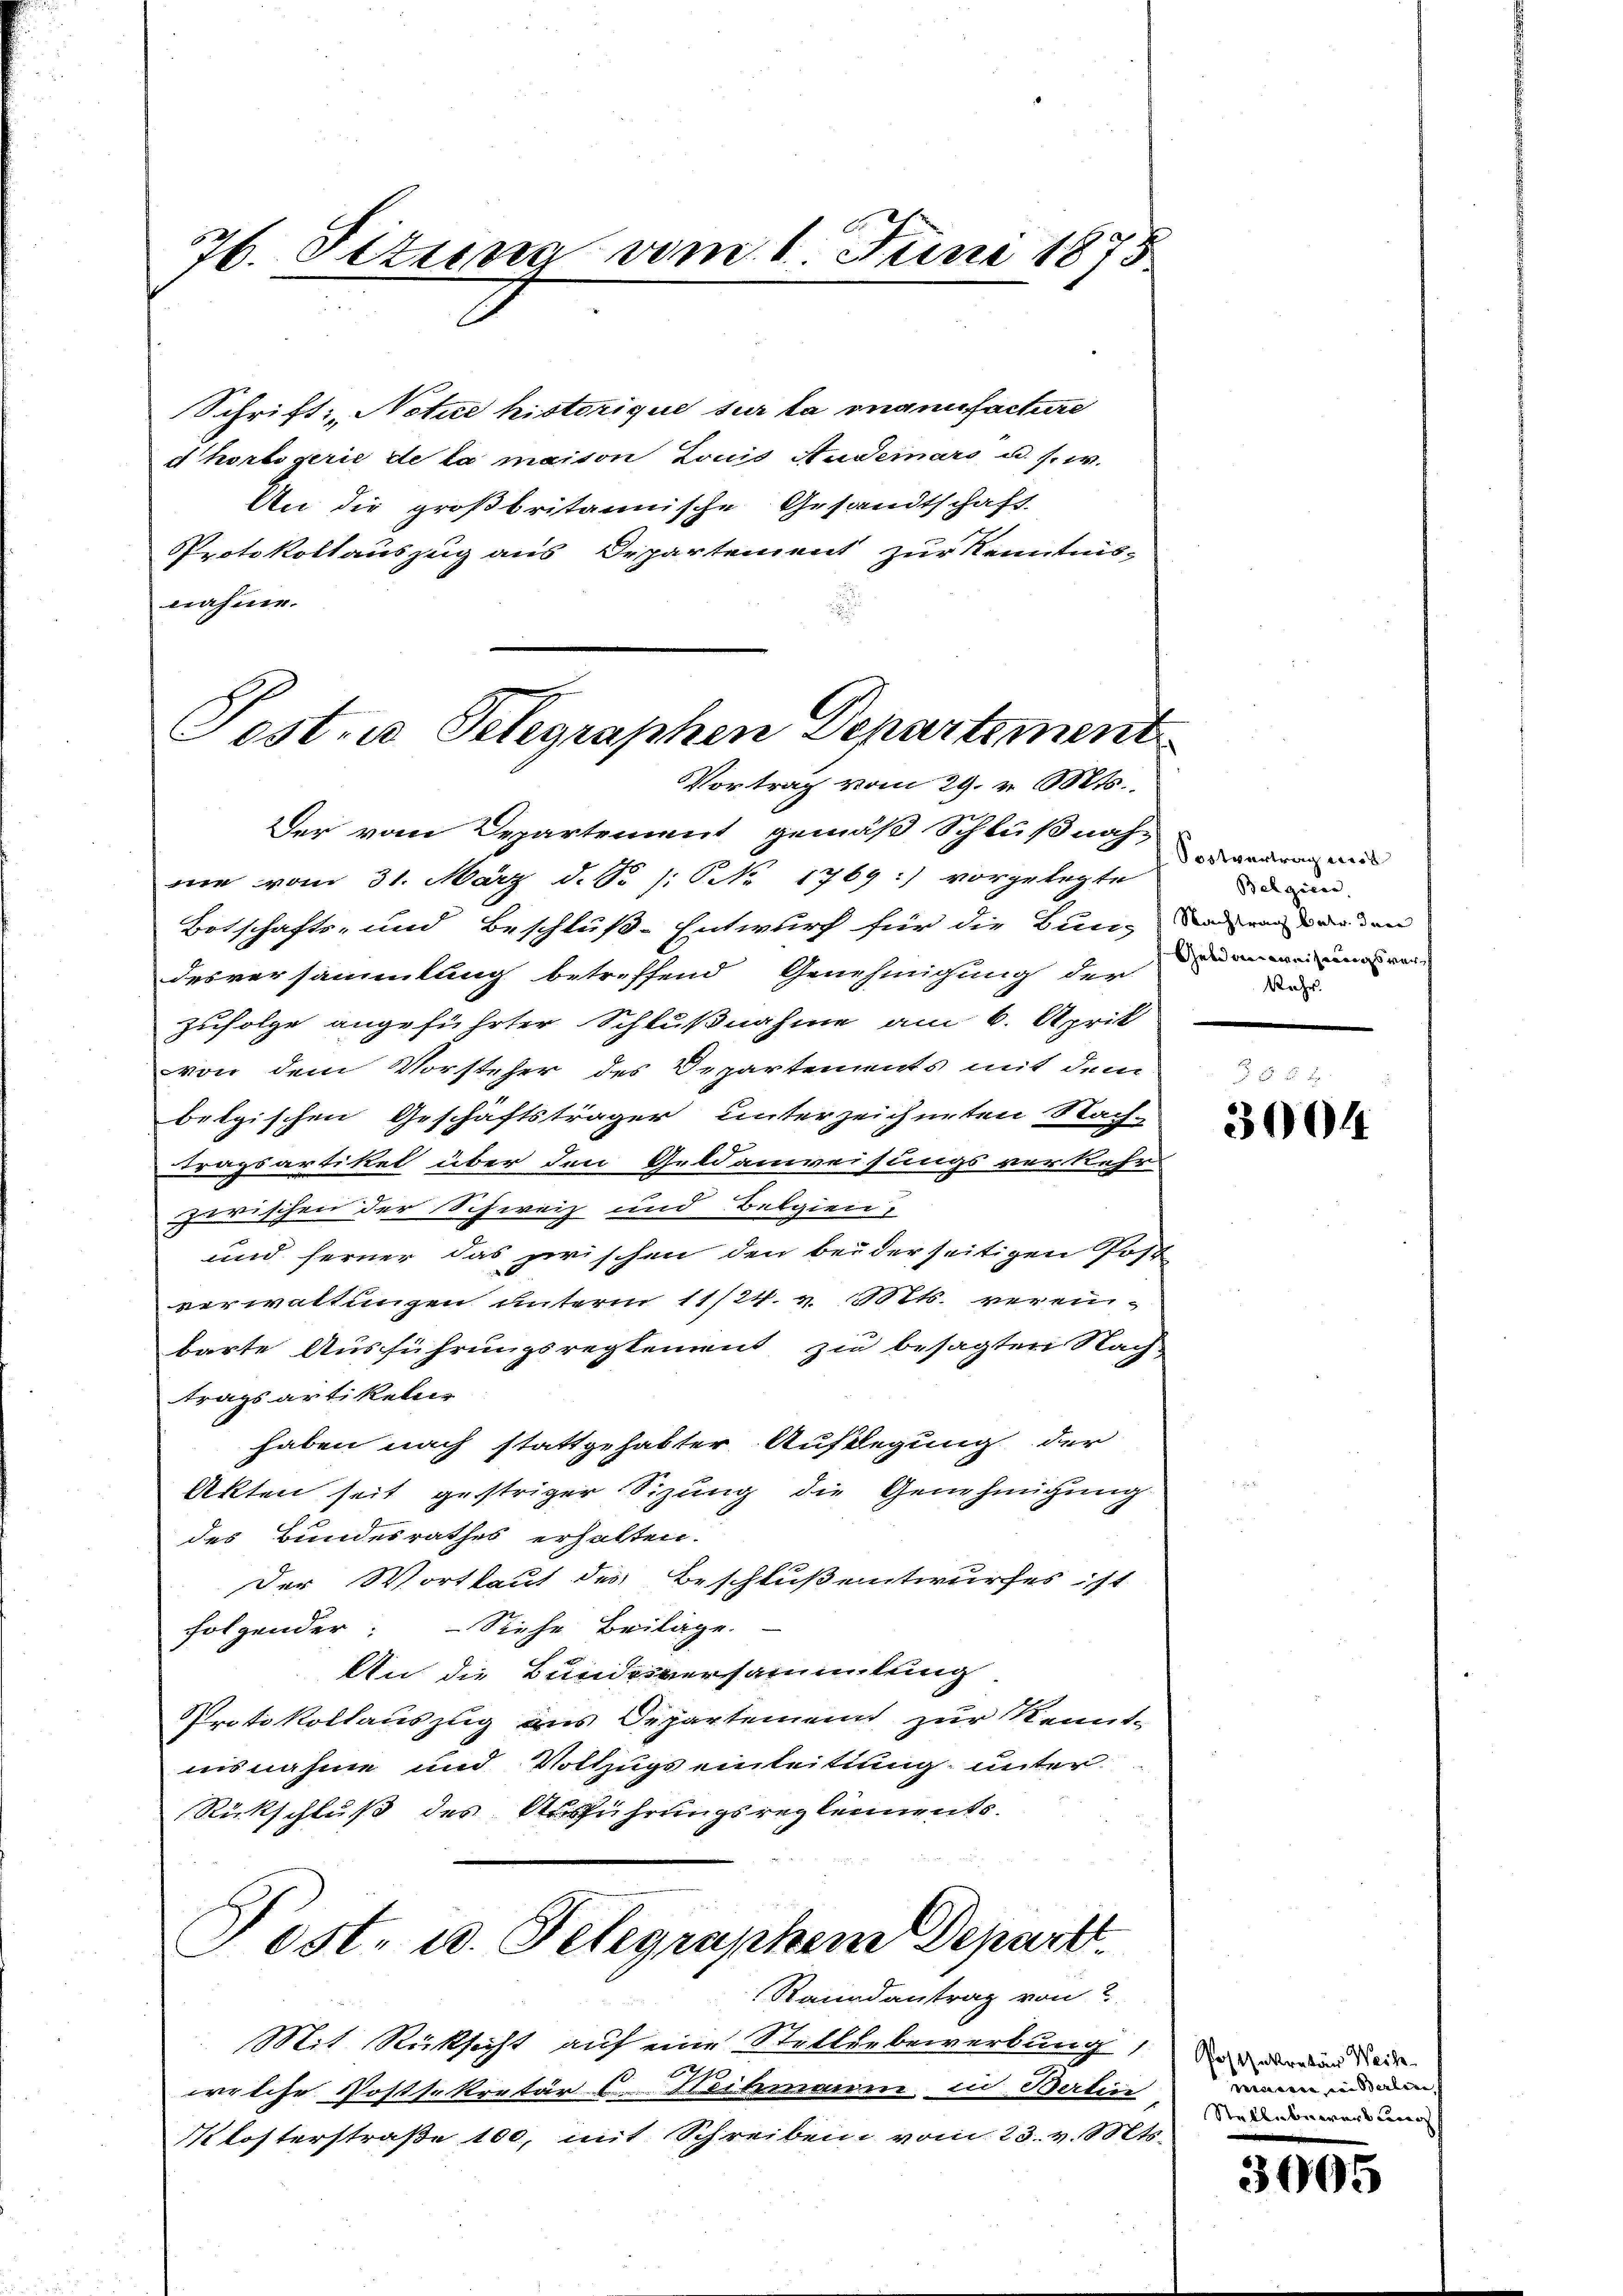
76. Situng vom 1. Juni 1875

Schrift: „Notue historique sur la manufacture
dhortigerie de la maison Louis Auderars u. s. w.
An die großbritannische Gesandtschaft
Protokollauszug aus Departement zur Kenntnis-
nahme.

Sost- u Telegraphen Departement
Vortrag vom 29. v. Mts.,

Der vom Departement gemäß Schlußnah-
nie vom 31. März d. S. /: No 1769 :) vorgelegte
Botschafts- und Beschluß-Entwurf für die Bun- und ein der den
desversammlung betreffend Genehmigung der
zufolge angeführter Schlußnahme am 6. April
von dem Vorsteher des Departements mit dem
belgischen Geschäftsträger unterzeichneten Nach-
tragsartiket über den Geldanweisungsverkehr
zerischen der Schweiz und Belgien,
und ferner das zwischen den beiderseitigen Post
verwaltungen unterm 11/24. v. Mts. vereinbarte Ausführungsreglement zu besagten Nach-
tragsartikelir
haben nach stattgehabter Auflegung der
Akten seit gestriger Sizung die Genehmigung
des Bundesrathes erhalten.
der Wortlaut des Beschluß entwurfes ist
folgender: Siehe Beilage.
An die Bundesversammlung
Protokollauszug aus Departement zur Kennt-
nisnahme und Vollzugs einleitung unter
Rückschluß des Ausführungsreglements.

Post- u. Telegraphen Depart.

Ranndantrag von 2
Mit Rücksicht auf eine Stelliebewerbung
welche Postsekretär 6 Mihmann in Babine
Klosterstraße 100, mit Schreiben vom 23. v. Mts.

Sostvertrag wird
Belgien.
Genweisungsver
Rahr.

3004

Posenkretär Weih
misernen in Berline,
Stelle bewerbung

3005